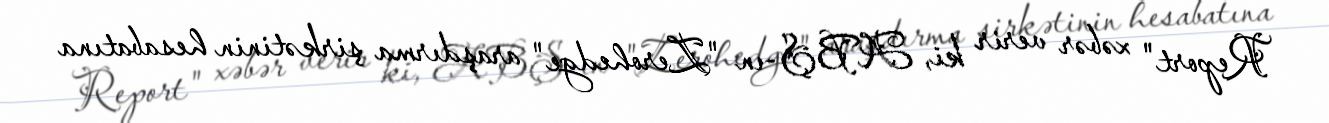
Report" xəbər verir ki, ABŞ-ın "Zerohedge" araşdırma şirkətinin hesabatına